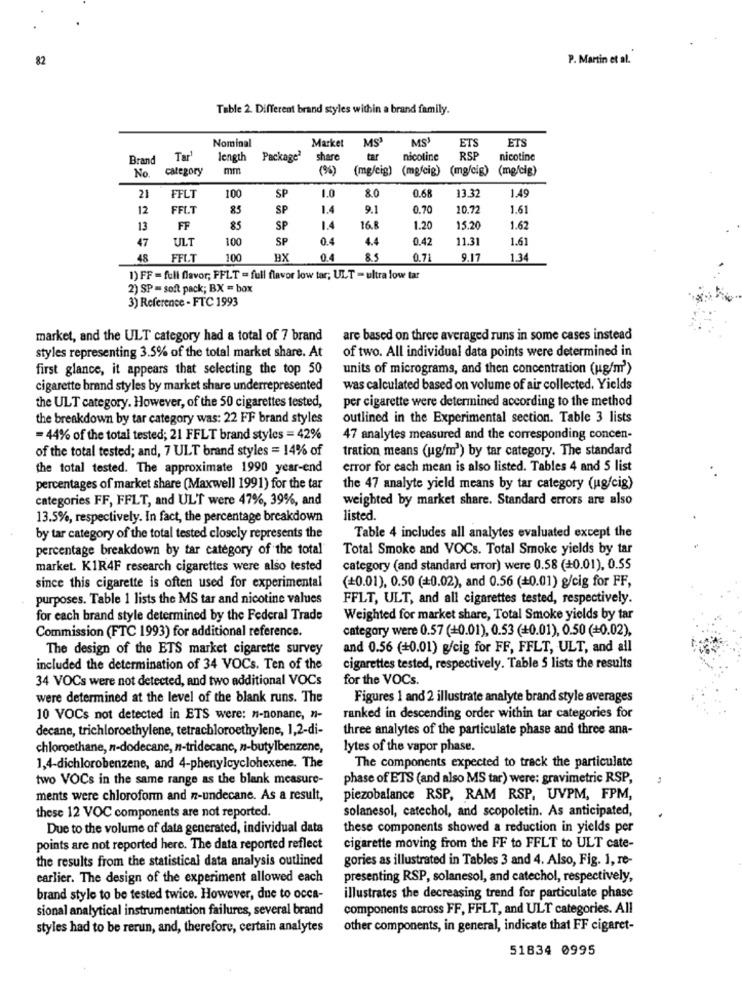
82
P. Martin et al.
Table 2. Different brand styles within a brand family.
Nominal
Market
MS'
MS
ETS
ETS
Brand
Tar'
length
Package2
share
tar
nicotine
RSP
nicotine
No.
category
mm
(9%)
(mg/cig) (mg/cig) (mg/cig) (mg/cig)
21
FFLT
100
1.0
1.49
SP
80
0.68
13.32
12
FFL.T
85
SP
1.4
9.1
0.70
10.72
1.61
13
FF
85
SP
1.4
16.6
1.20
15.20
1.62
47
ULT
100
SP
0.4
4.4
0.42
11.31
1.61
48
FFL.T
100
BX
0.4
8.5
0.71
9.17
1.34
1) FF = full flavor; FFLT = full flavor low tar; ULT - ultra low tar
2) SP = soft pack; BX = box
3) Reference - FTC 1993
market, and the ULT category had a total of 7 brand
are based on three averaged runs in some cases instead
of two. All individual data points were determined in
styles representing 3.5% of the total market share. At
first glance, it appears that selecting the top 50
units of micrograms, and then concentration (ug/m')
cigarette brand styles by market share underrepresented
was calculated based on volume of air collected. Yields
the ULT category. However, of the 50 cigarettes tested,
per cigarette were determined according to the method
the breakdown by tar category was: 22 FF brand styles
outlined in the Experimental section. Table 3 lists
=44% of the total tested; 21 FFLT brand styles = 42%
47 analytes measured and the corresponding concen-
of the total tested; and, 7 ULT brand styles = 14% of
tration means (ug/m') by tar category. The standard
the total tested. The approximate 1990 year-end
error for each mean is also listed. Tables 4 and 5 list
percentages of market share (Maxwell 1991) for the tar
the 47 analyte yield means by tar category (ugfcig)
categories FF, FFLT, and ULT were 47%, 39%, and
weighted by market share. Standard errors are also
13.5%, respectively. In fact, the percentage breakdown
listed.
by tar category of the total tested closely represents the
Table 4 includes all analytes evaluated except the
percentage breakdown by tar category of the total
Total Smoke and VOCs. Total Smoke yields by tar
market. KIR4F research cigarettes were also tested
category (and standard error) were 0.58 (+0.01), 0.55
(=0.01), 0.50 (+0.02), and 0.56 (+0.01) g/cig for FF,
since this cigarette is often used for experimental
purposes. Table 1 lists the MS tar and nicotine values
FFLT, ULT, and all cigarettes tested, respectively.
for each brand style determined by the Federal Trade
Weighted for market share, Total Smoke yields by tar
category were 0.57 (+0.01), 0.53 (+0.01), 0.50 (+0.02),
Commission (FTC 1993) for additional reference.
The design of the ETS market cigarette survey
and 0.56 (+0.01) g/cig for FF, FFLT, ULT, and all
included the determination of 34 VOCs. Ten of the
cigarettes tested, respectively. Table 5 lists the results
34 VOCs were not detected, and two additional VOCs
for the VOCs.
were determined at the level of the blank runs. The
Figures 1 and 2 illustrate analyte brand style averages
10 VOCs not detected in ETS were: n-nonane, n-
ranked in descending order within tar categories for
decane, trichloroethylene, tetrachloroethylene, 1,2-di-
three analytes of the particulate phase and three ana-
chloroethane, n-dodecane, n-tridecane, n-butylbenzene,
lytes of the vapor phase.
The components expected to track the particulate
1,4-dichlorobenzene, and 4-phenylcyclohexene. The
two VOCs in the same range as the blank measure-
phase of ETS (and also MS tar) were: gravimetric RSP,
ments were chloroform and n-undecane. As a result,
piezobalance RSP, RAM RSP, UVPM, FPM,
solanesol, catechol, and scopoletin. As anticipated,
these 12 VOC components are not reported.
Due to the volume of data generated, individual data
these components showed a reduction in yields per
points are not reported here. The data reported reflect
cigarette moving from the FF to FFLT to ULT cate-
the results from the statistical data analysis outlined
gories as illustrated in Tables 3 and 4. Also, Fig. 1, re-
earlier. The design of the experiment allowed each
presenting RSP, solanesol, and catechol, respectively,
brand style to be tested twice. However, due to occa-
illustrates the decreasing trend for particulate phase
sional analytical instrumentation failures, several brand
components across FF, FFLT, and ULT categories. All
styles had to be rerun, and, therefore, certain analytes
other components, in general, indicate that FF cigaret-
51834 0995